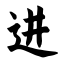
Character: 进